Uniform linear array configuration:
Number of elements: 16
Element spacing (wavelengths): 0.25
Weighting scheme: exponential
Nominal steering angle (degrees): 30
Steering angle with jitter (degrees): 29.434
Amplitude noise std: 0.05
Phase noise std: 0.05

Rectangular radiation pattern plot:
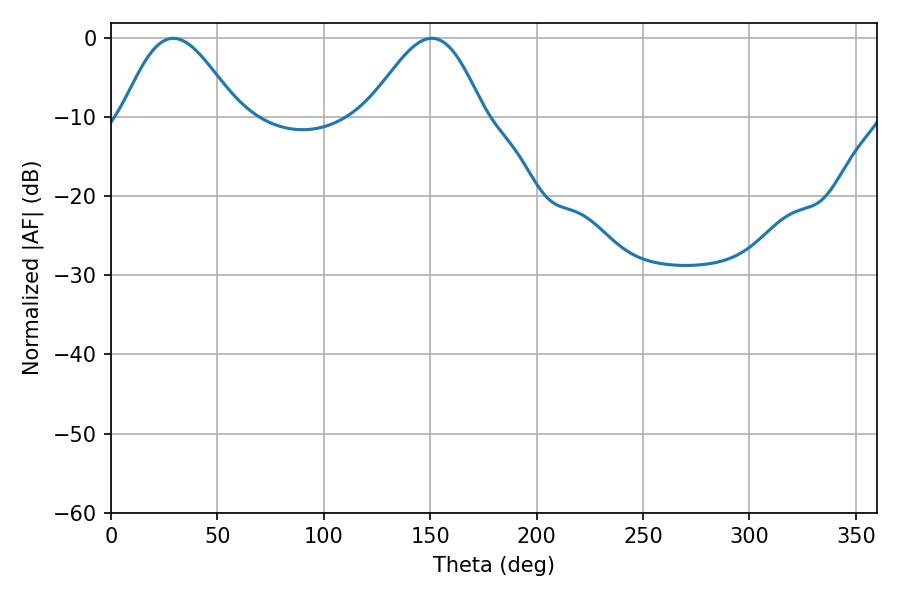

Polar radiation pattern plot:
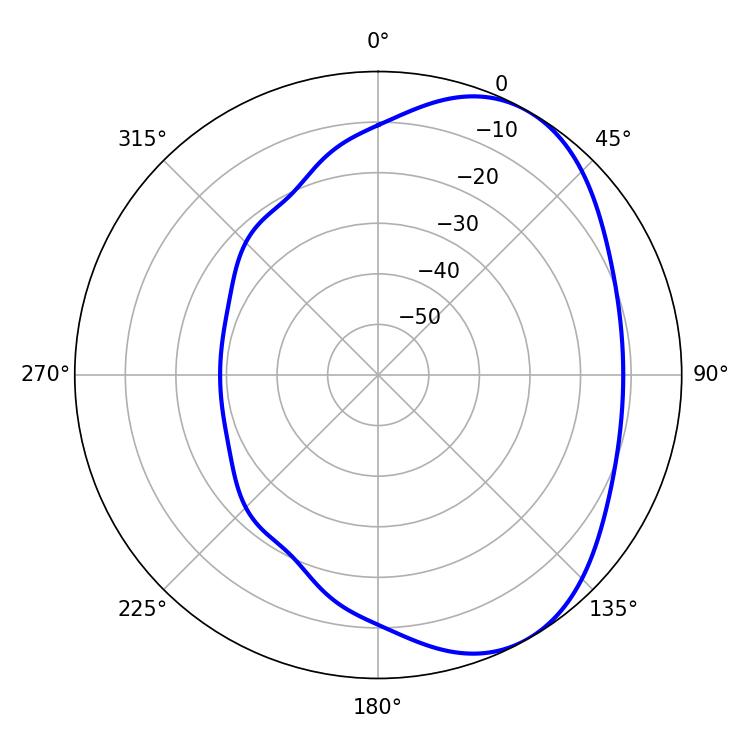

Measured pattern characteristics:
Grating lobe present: FALSE
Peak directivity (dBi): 4.986
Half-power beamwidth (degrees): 28.98
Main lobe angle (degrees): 29.34